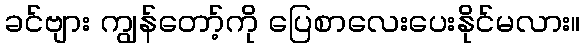
ခင်ဗျား ကျွန်တော့်ကို ပြေစာလေးပေးနိုင်မလား။